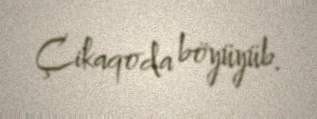
Çikaqoda böyüyüb.